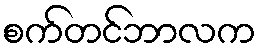
စက်တင်ဘာလက